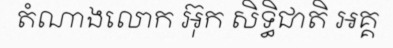
តំណាងលោក អ៊ុក សិទ្ធិជាតិ អគ្គ